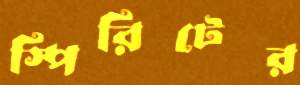
স্পিরিটের